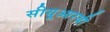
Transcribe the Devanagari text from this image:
सीयूआरबी